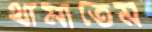
থামাতেম